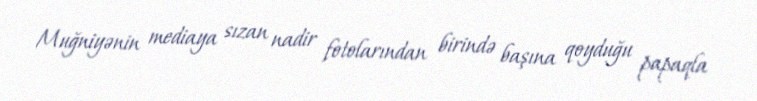
Muğniyənin mediaya sızan nadir fotolarından birində başına qoyduğu papaqla